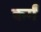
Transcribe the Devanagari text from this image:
कर्मं